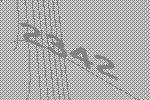
2342